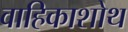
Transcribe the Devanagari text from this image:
वाहिकाशोथ